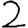
Digit: 2